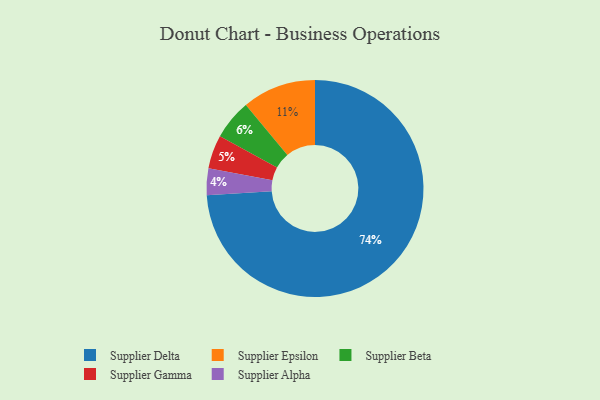
{"axis": {"x": "Category", "y": "Percentage"}, "legend": ["Supplier Alpha", "Supplier Beta", "Supplier Delta", "Supplier Epsilon", "Supplier Gamma"], "data": [{"x": "Supplier Beta", "y": 6, "type": "Supplier Beta"}, {"x": "Supplier Gamma", "y": 5, "type": "Supplier Gamma"}, {"x": "Supplier Epsilon", "y": 11, "type": "Supplier Epsilon"}, {"x": "Supplier Delta", "y": 74, "type": "Supplier Delta"}, {"x": "Supplier Alpha", "y": 4, "type": "Supplier Alpha"}]}